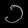
Digit: ၁